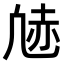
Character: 𫥠